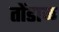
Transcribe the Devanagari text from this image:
तोंडाळ